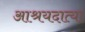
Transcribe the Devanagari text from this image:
आश्रयदात्या